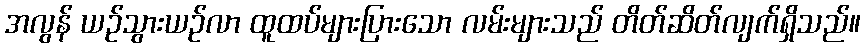
အလွန် ယဉ်သွားယဉ်လာ ထူထပ်များပြားသော လမ်းများသည် တိတ်ဆိတ်လျက်ရှိသည်။